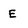
Character: E